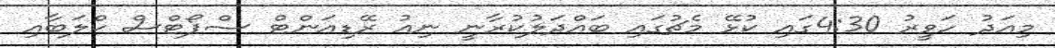
މިއަދު ހަވީރު 4:30ގައި ކުޅޭ މެޗުގައި ބައްދަލުކުރާނީ ނިއު ރޭޑިއަންޓް ސްޕޯޓްސް ކްލަބާއި